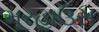
મૂરહાઉસ